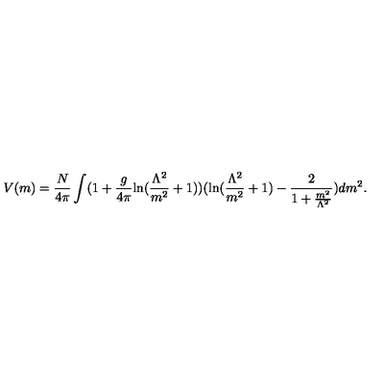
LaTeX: V ( m ) = \frac { N } { 4 \pi } \int ( 1 + \frac { g } { 4 \pi } \mathrm { l n } ( \frac { \Lambda ^ { 2 } } { m ^ { 2 } } + 1 ) ) ( \mathrm { l n } ( \frac { \Lambda ^ { 2 } } { m ^ { 2 } } + 1 ) - \frac { 2 } { 1 + \frac { m ^ { 2 } } { \Lambda ^ { 2 } } } ) d m ^ { 2 } .